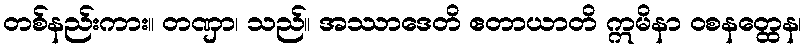
တစ်နည်းကား။ တဏှာ၊ သည်။ အဿာဒေတိ ဧတာယာတိ ဣမိနာ ဝစနတ္ထေန၊